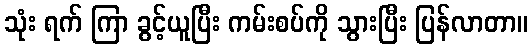
သုံး ရက် ကြာ ခွင့်ယူပြီး ကမ်းစပ်ကို သွားပြီး ပြန်လာတာ။